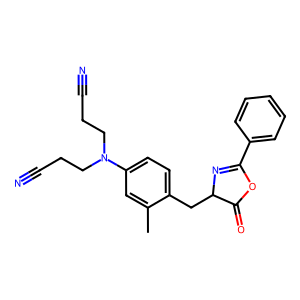
SMILES: Cc1cc(N(CCC#N)CCC#N)ccc1CC1N=C(c2ccccc2)OC1=O
Inhibits HIV replication: No